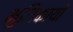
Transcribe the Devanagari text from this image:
भुमिकायों